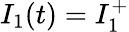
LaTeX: I_{1}(t)=I_{1}^{+}